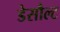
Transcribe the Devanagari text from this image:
डेसौल्ट